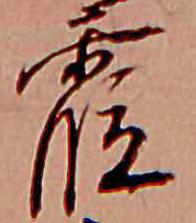
霞